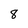
Character: 8